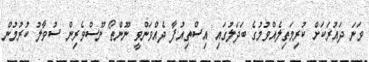
ވަނަ ދައުރަކަށް ކުރިމަތިލެއްވުމުގެ ބަދަލުގައި އިސްތިއުފާ ދެއްވަންވީ ނޫންތޯ ނޫސްވެރިން ސުވާލު ކުރުމުން